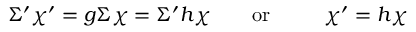
\Sigma ^ { \prime } \chi ^ { \prime } = g \Sigma \chi = \Sigma ^ { \prime } h \chi \qquad \mathrm { o r ~ \qquad ~ } \chi ^ { \prime } = h \chi